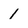
Character: 1